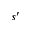
s ^ { \prime }